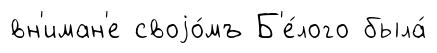
вн'иман'е своjо́мъ Б'е́лого была́